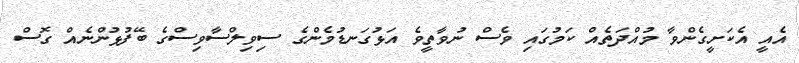
އެއީ އެކަށީގެންވާ މުއްދަތެއް ކަމުގައި ވެސް ނުވާތީވެ އަޅުގަނޑުމެންގެ ސިވިލްސާވިސްގެ ބޭފުޅުންނެއް ގޮސް